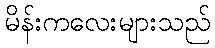
မိန်းကလေးများသည်